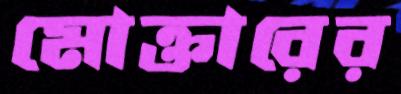
মোক্তারের